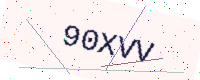
Text: 90XVV